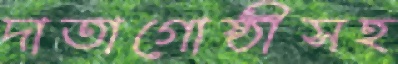
দাতাগোষ্ঠীসহ